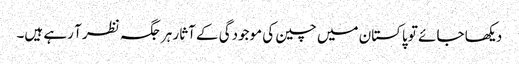
دیکھا جائے تو پاکستان میں چین کی موجودگی کے آثار ہر جگہ نظر آ رہے ہیں۔